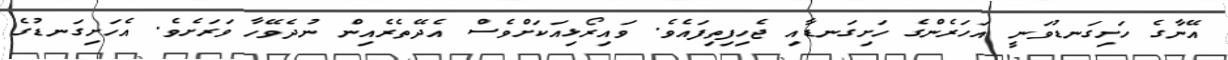
އޭނާގެ ހަށިގަނޑުވަނީ އަހަރެންގެ ހަށިގަނޑާއި ޖެހިފިތިފައެވެ. ވައިރޯޅިއަކަށްވެސް އެދޭތެރެއިން ނުދެވޭހާ ވަރަށެވެ. އެހަށިގަނޑުގެ